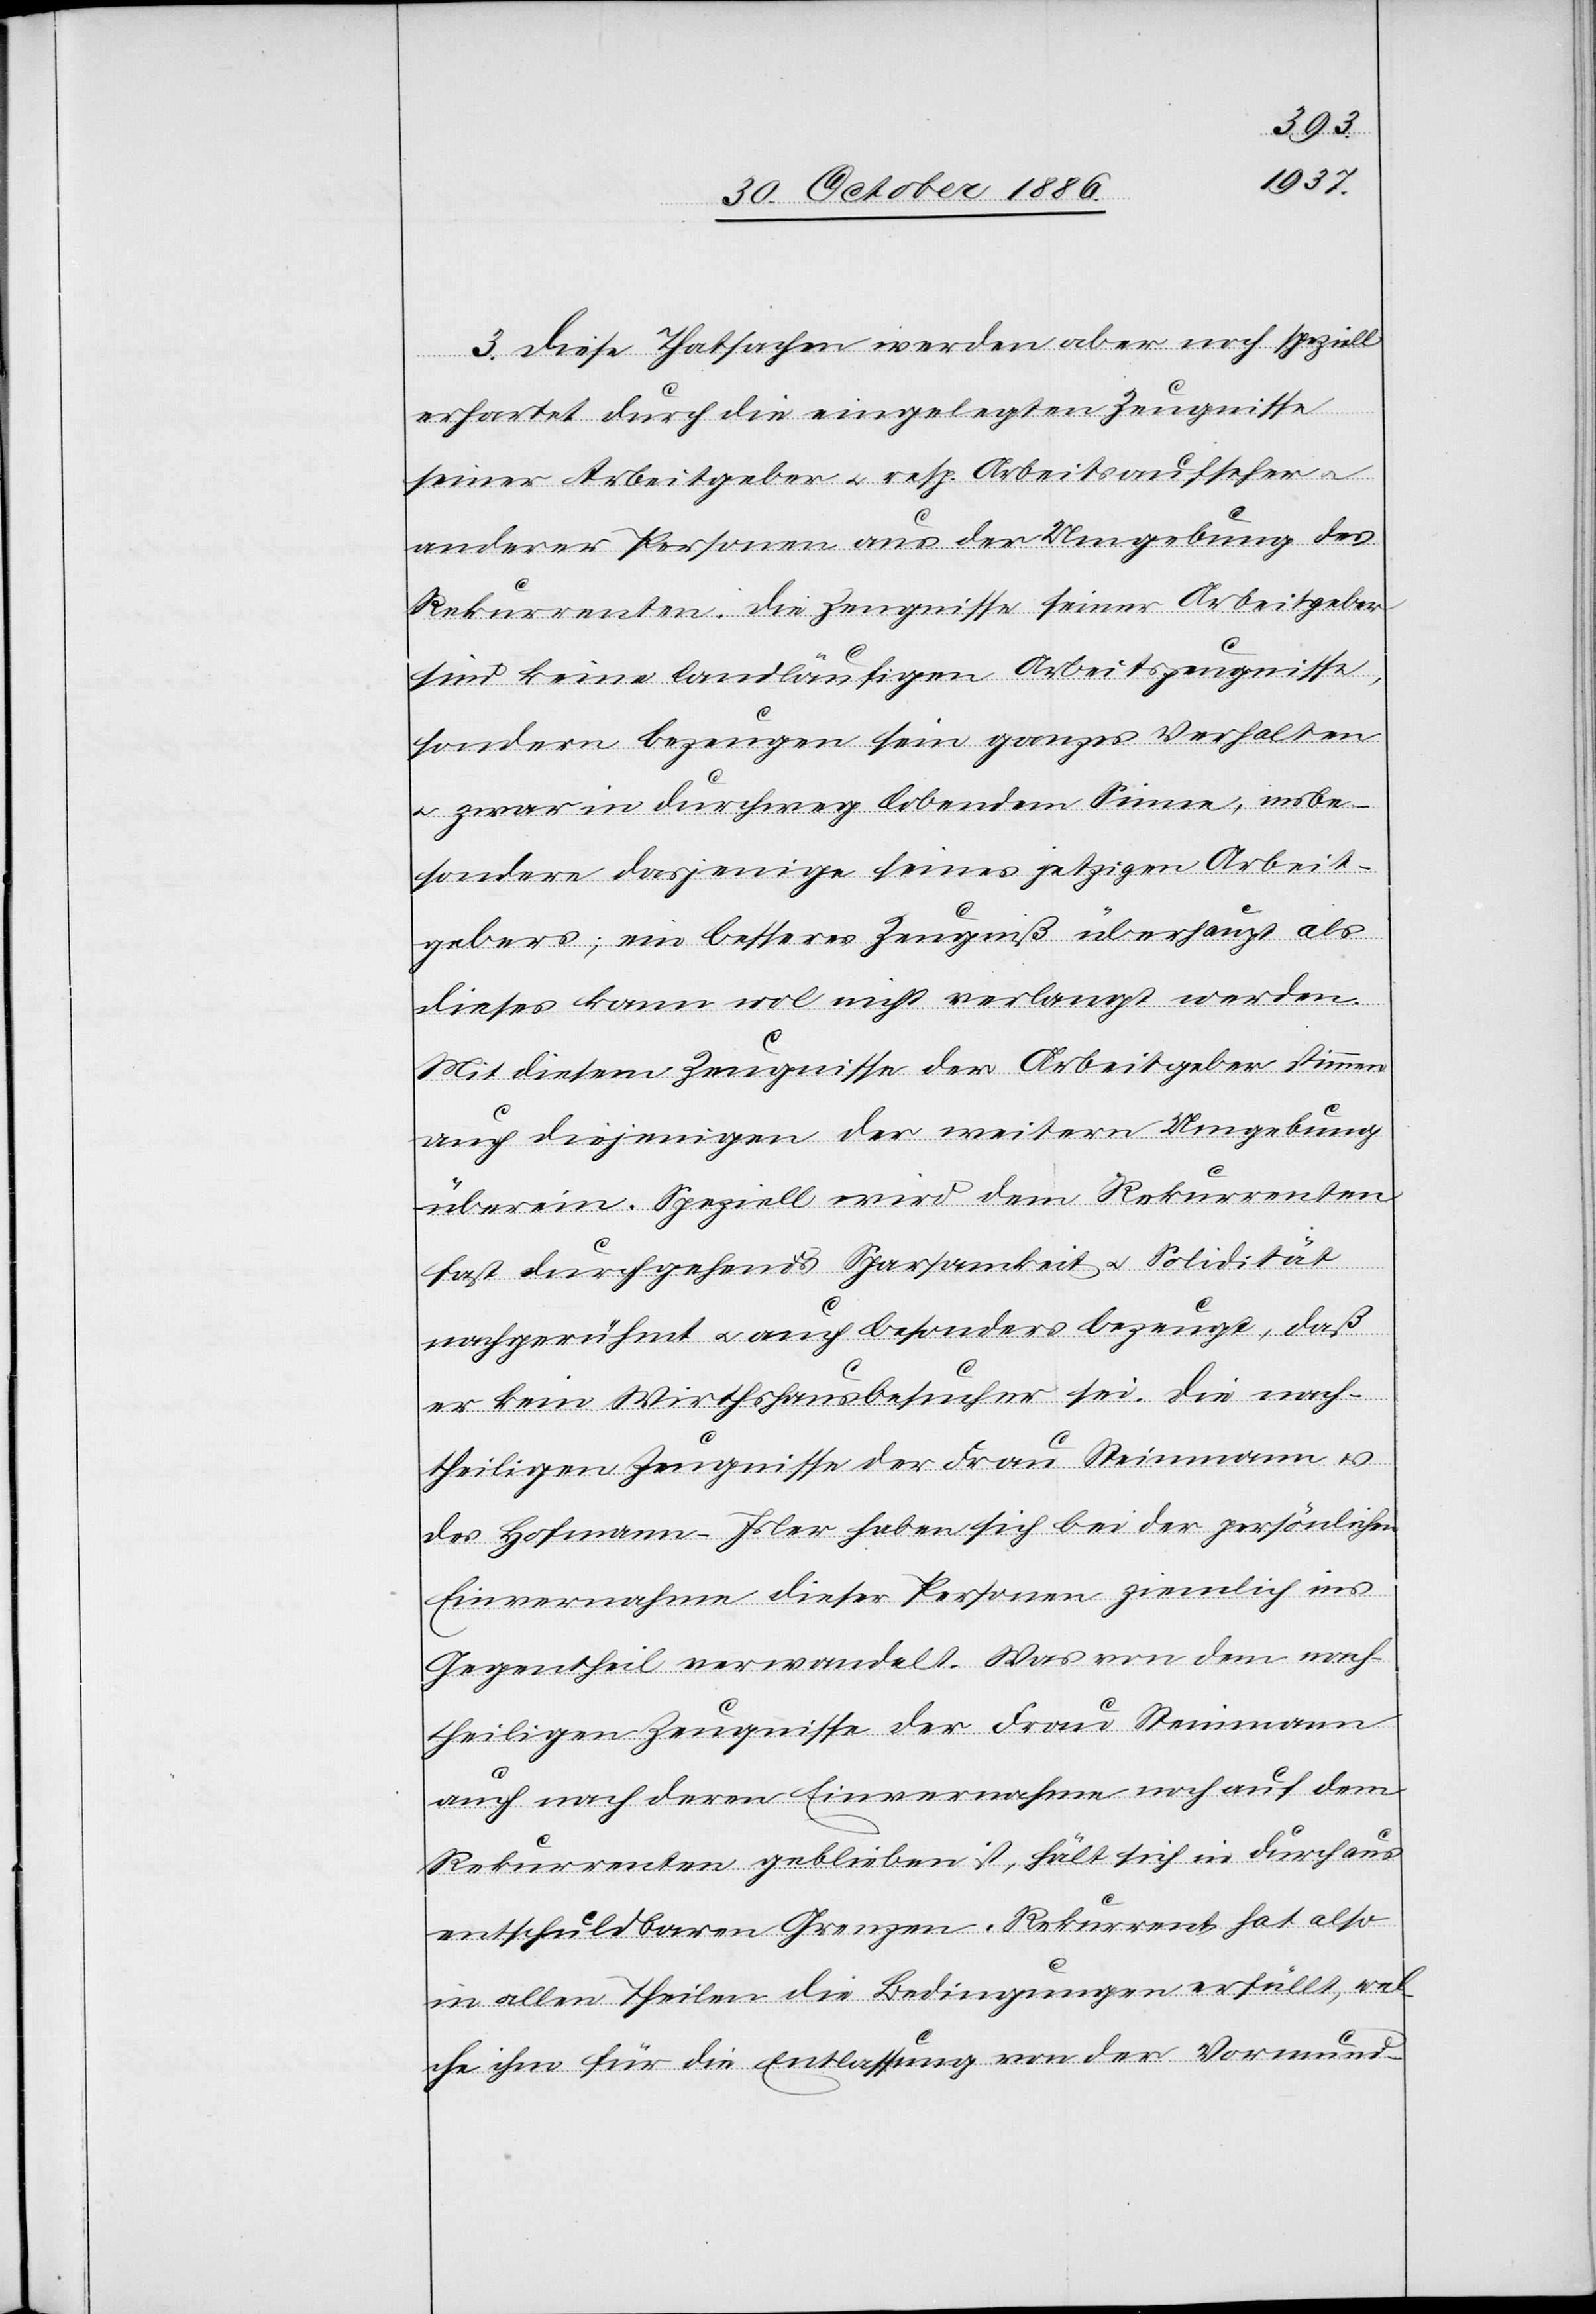
3. Diese Thatsachen werden aber noch speziell
erhartet [sic!] durch die eingelegten Zeugnisse
seiner Arbeitgeber & resp. Arbeitsaufseher
anderer Personen aus der Umgebung des
Rekurrenten. Die Zeugnisse seiner Arbeitgeber
sind keine landläufigen Arbeitszeugnisse,
sondern bezeugen sein ganzes Verhalten
& zwar in durchweg lobendem Sinne, insbe¬
sondere dasjenige seines jetzigen Arbeit¬
gebers; ein besseres Zeugniß überhaupt als
dieses kann wol nicht verlangt werden.
Mit diesem Zeugnisse der Arbeitgeber stimmen
auch diejenigen der weitern Umgebung
überein. Speziell wird dem Rekurrenten
fast durchgehend Sparsamkeit & Solidität
nachgerühmt & auch besonders bezeugt, daß
er kein Wirthshausbesucher sei. Die nach¬
theiligen Zeugnisse der Frau Steinmann &
des Hofmann-Isler haben sich bei der persönlichen
Einvernahme dieser Personen ziemlich ins
Gegentheil verwandelt. Was von dem nach¬
theiligen Zeugnisse der Frau Steinmann
auch nach deren Einvernahme noch auf dem
Rekurrenten geblieben ist, hält sich in durchaus
entschuldbaren Grenzen. Rekurrent hat also
in allen Theilen die Bedingungen erfüllt, wel¬
che ihm für die Entlassung von der Vormund-